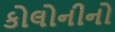
કોલોનીનો